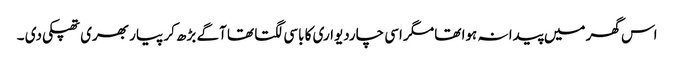
اس گھر میں پیدا نہ ہوا تھا مگر اسی چاردیواری کا باسی لگتا تھا آگے بڑھ کر پیار بھری تھپکی دی ۔